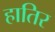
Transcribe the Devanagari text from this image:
हातिर